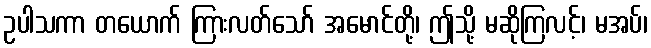
ဥပါသကာ တယောက် ကြားလတ်သော် အမောင်တို့၊ ဤသို့ မဆိုကြလင့်၊ မအပ်၊